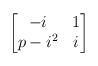
LaTeX: \begin{align*}\begin{bmatrix} -i & 1 \\ p-i^2 & i \end{bmatrix}\end{align*}